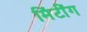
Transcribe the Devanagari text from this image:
मिंटींग